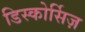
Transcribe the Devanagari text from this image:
डिस्कोर्सिज़